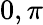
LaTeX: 0,\pi